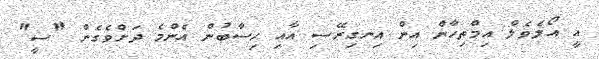
އީ އޯލެވެލް އިމްތިހާން އިން އިނގިރޭސި އާއި ހިސާބުން އެންމެ ދަށްވެގެން "ސީ"